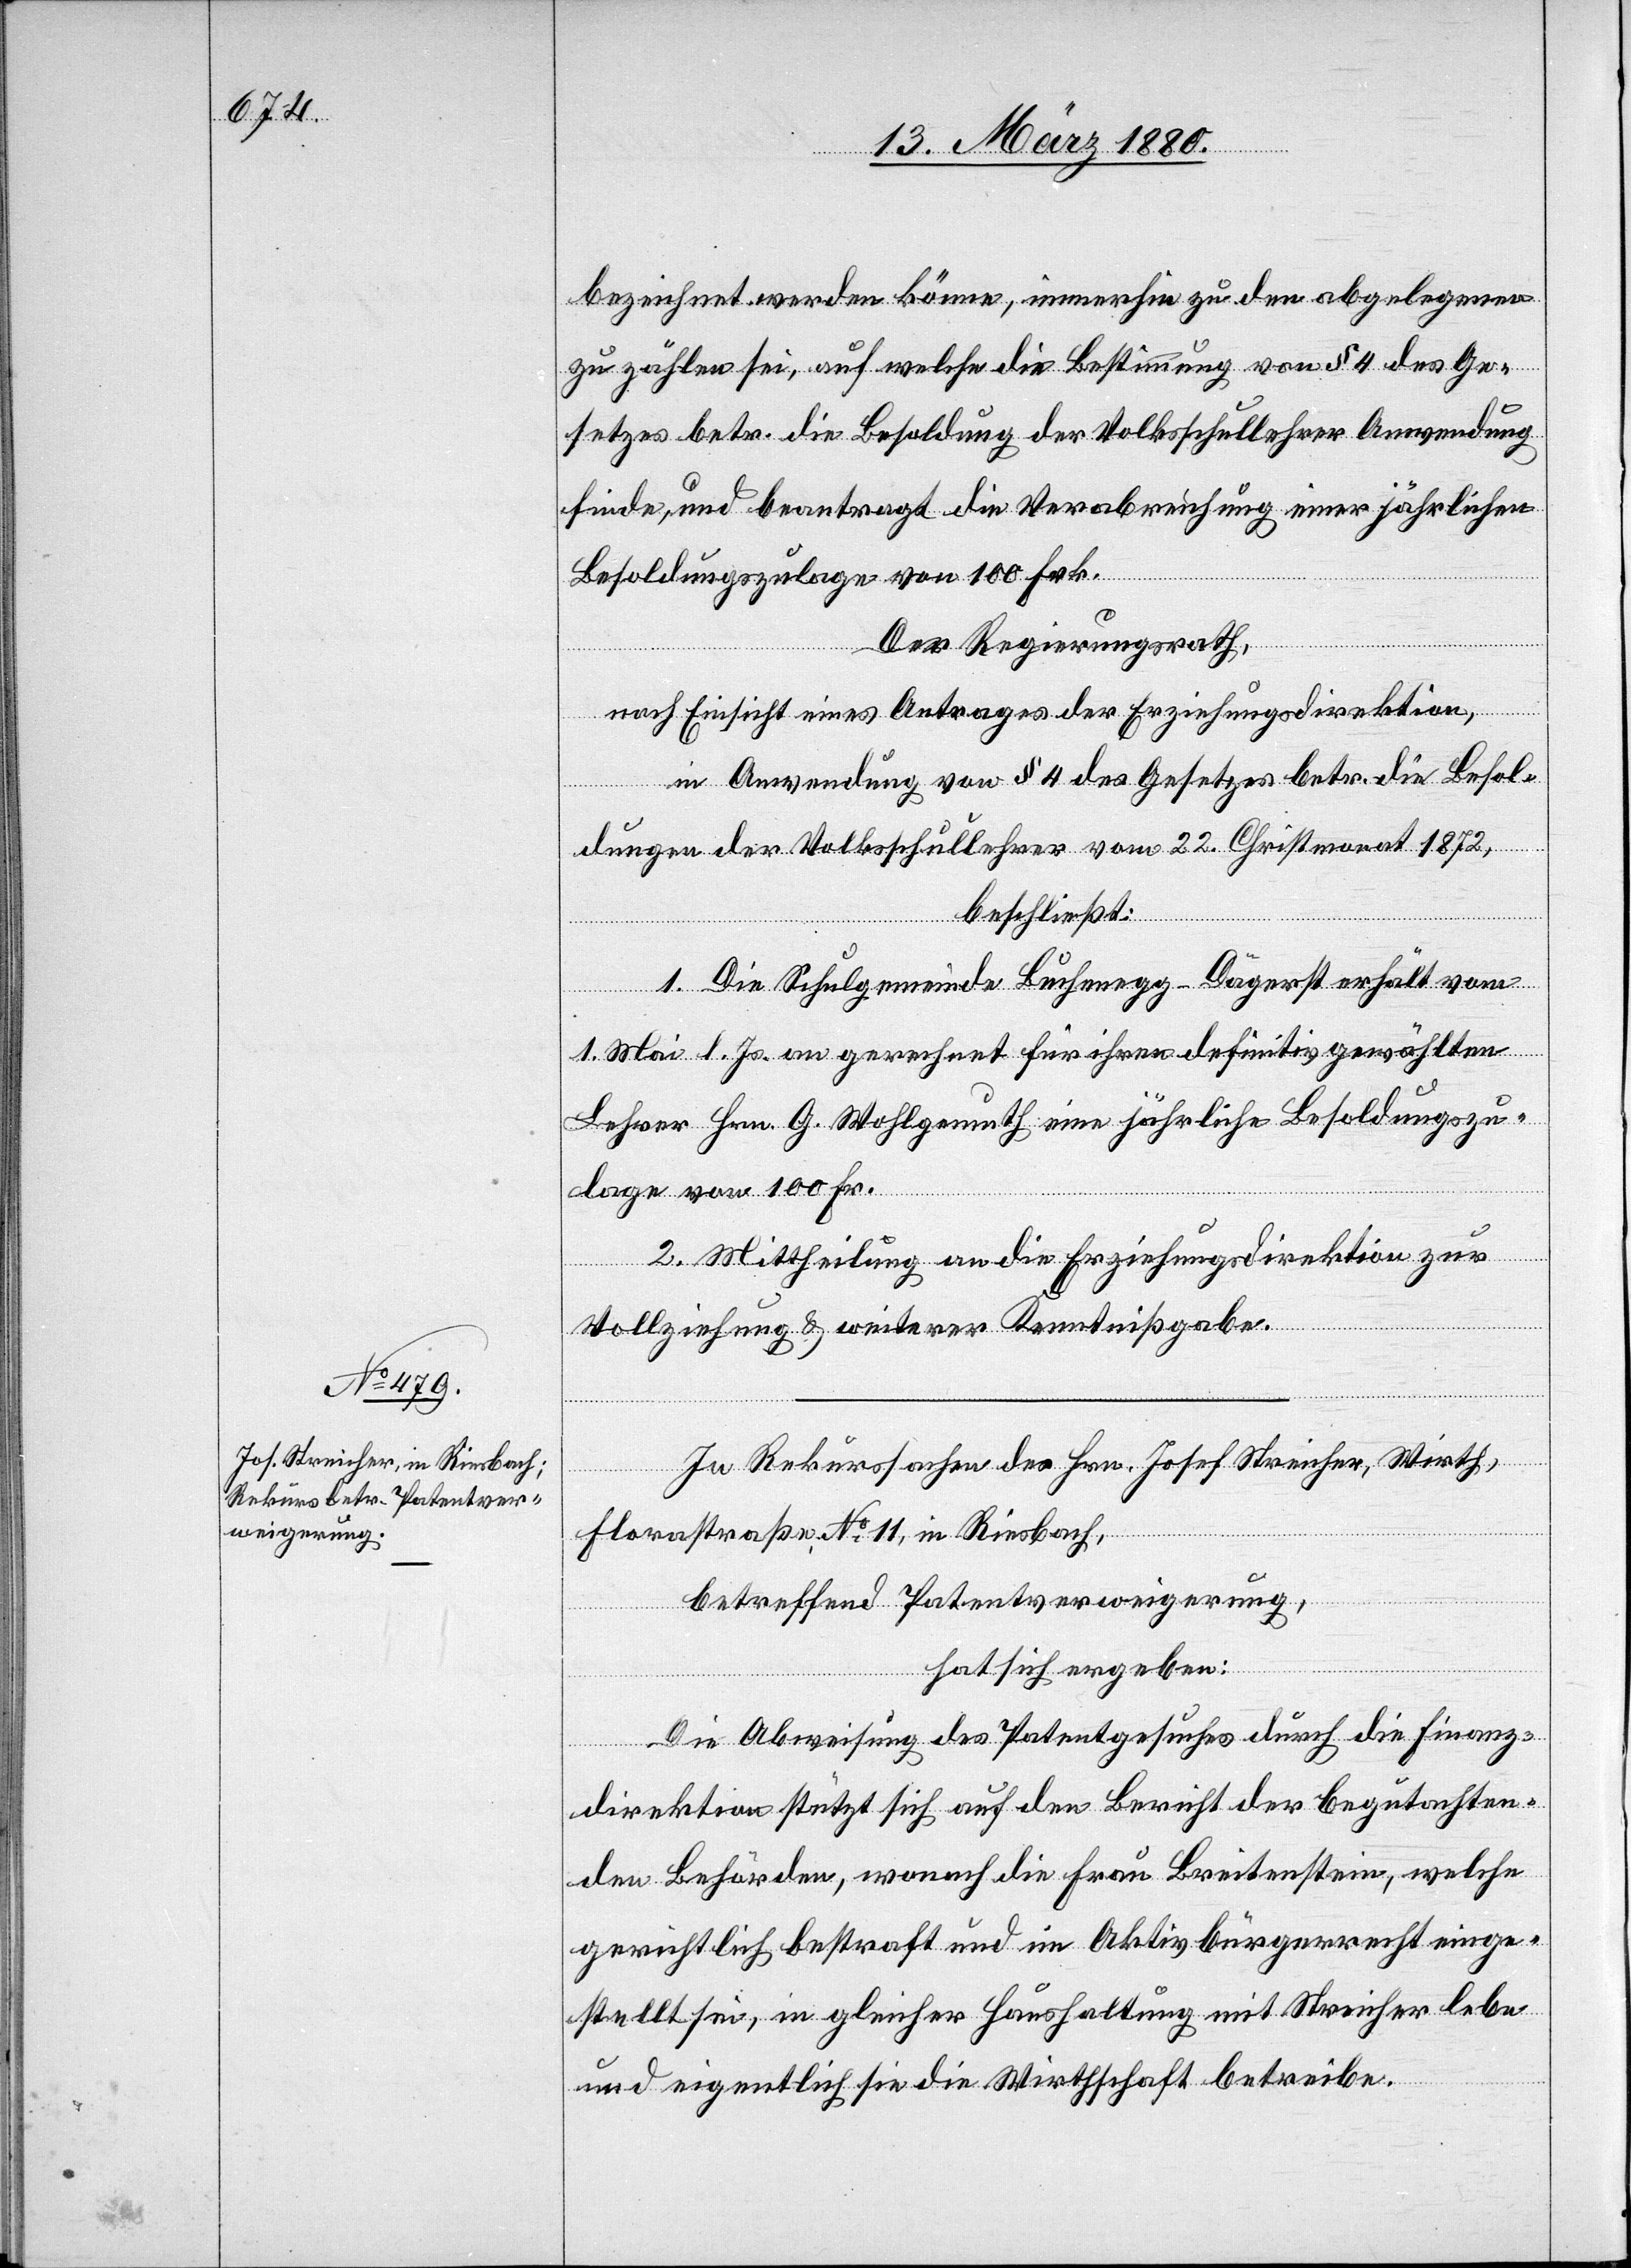
bezeichnet werden könne, immerhin zu den abgelegenen
zu zählen sei, auf welche die Bestimmung von § 4 des Ge¬
setzes betr. die Besoldung der Volksschullehrer Anwendung
finde, und beantragt die Verabreichung einer jährlichen
Besoldungszulage von 100 Frk.
Der Regierungsrath,
nach Einsicht eines Antrages der Erziehungsdirektion,
in Anwendung von § 4 des Gesetzes betr. die Besol¬
dungen der Volksschullehrer vom 22. Christmonat 1872,
beschließt:
1. Die Schulgemeinde Buchenegg-Dägerst erhält vom
1. Mai l. Js. an gerechnet für ihren definitiv gewählten
Lehrer Hrn. G. Wohlgemuth eine jährliche Besoldungszu¬
lage von 100 Fr.
2. Mittheilung an die Erziehungsdirektion zur
Vollziehung & weiterer Kenntnißgabe.
In Rekurssachen des Hrn. Josef Streicher, Wirth,
Florastraße, No 11, in Riesbach,
betreffend Patentverweigerung,
hat sich ergeben:
Die Abweisung des Patentgesuches durch die Finanz¬
direktion stützt sich auf den Bericht der begutachten¬
den Behörden, wonach die Frau Breitenstein, welche
gerichtlich bestraft und im Aktivbürgerrecht einge¬
stellt sei, in gleicher Haushaltung mit Streicher lebe
und eigentlich sie die Wirthschaft betreibe.